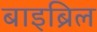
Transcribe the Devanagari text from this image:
बाइब्रिल